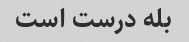
بله درست است